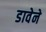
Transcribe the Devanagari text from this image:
डावेने